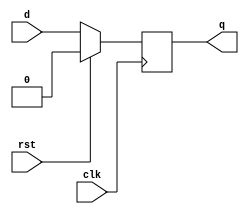
module dff (q, d, clk, rst);

    output         q;
    input          d;
    input          clk;
    input          rst;

    reg            state;

    assign q = state;

    always @(posedge clk) begin
      state = rst? 0 : d;
    end

endmodule
// DUMMY LINE FOR REV CONTROL :0: